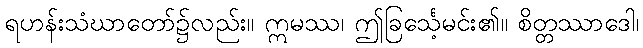
ရဟန်းသံဃာတော်၌လည်း။ ဣမဿ၊ ဤခြင်္သေ့မင်း၏။ စိတ္တဿာဒေါ၊